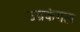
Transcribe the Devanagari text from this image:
उग्रकंगल